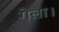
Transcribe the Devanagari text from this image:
गेला।